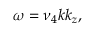
\omega = \nu _ { 4 } k k _ { z } ,